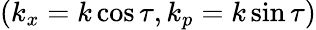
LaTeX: (k_{x}=k\cos\tau,k_{p}=k\sin\tau)